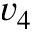
v _ { 4 }